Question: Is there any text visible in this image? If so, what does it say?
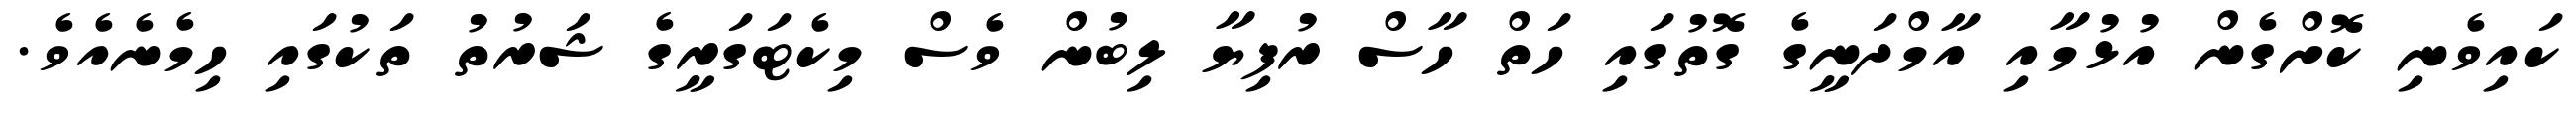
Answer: ކައިވެނި ކޮށްގެން އުޅުމާއި އާމްދަނީގެ ގޮތުގައި ހަތް ހާސް ރުފިޔާ ލިބުން ވެސް މިކެޓަގަރީގެ ޝަރުތު ތަކުގައި ހިމެނެއެވެ.